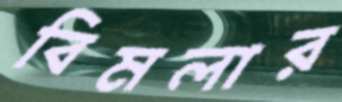
বিমলার